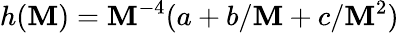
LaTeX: h(\mathbf{M})=\mathbf{M}^{-4}(a+b/\mathbf{M}+c/\mathbf{M}^{2})